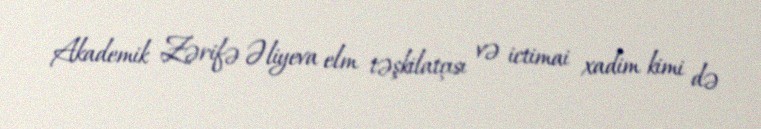
Akademik Zərifə Əliyeva elm təşkilatçısı və ictimai xadim kimi də